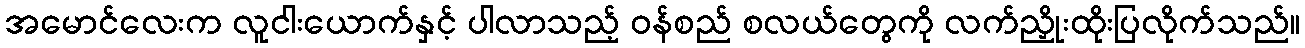
အမောင်လေးက လူငါးယောက်နှင့် ပါလာသည့် ဝန်စည် စလယ်တွေကို လက်ညှိုးထိုးပြလိုက်သည်။